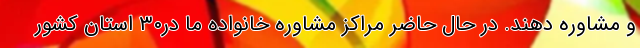
و مشاوره دهند. در حال حاضر مراکز مشاوره خانواده ما در۳۰ استان کشور